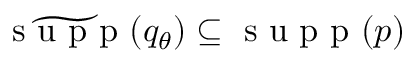
\widetilde { \textrm { s u p p } } ( { q } _ { \theta } ) \subseteq \textrm { s u p p } ( p )